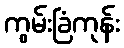
ကွမ်းခြံကုန်း